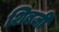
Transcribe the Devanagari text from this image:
शिबजी